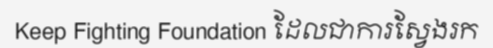
Keep Fighting Foundation ដែលជាការស្វែងរក